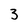
Character: 3